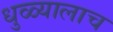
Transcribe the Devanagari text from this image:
धुळ्यालाच